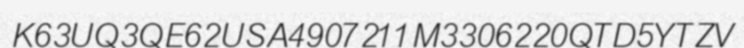
K63UQ3QE62USA4907211M3306220QTD5YTZV